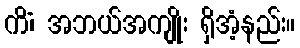
ကိံ၊ အဘယ်အကျိုး ရှိအံ့နည်း။